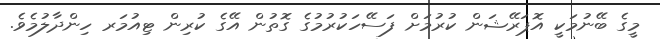
މީގެ ބޭނުމަކީ އޮޕަރޭޝަން ކުރުމަށް ފަސޭހަކުރުމުގެ ގޮތުން އޭގެ ކުރިން ޓިއުމަރ ހިންދާލުމެވެ.